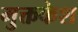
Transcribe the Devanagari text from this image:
मुक्तकेश